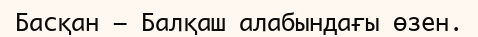
Басқан – Балқаш алабындағы өзен.